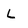
Character: L